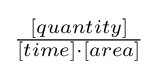
\textstyle {\frac {[quantity]}{[time]\cdot [area]}}